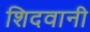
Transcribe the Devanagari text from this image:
शिदवानी